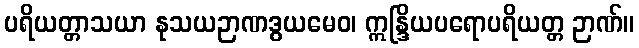
ပရိယတ္တာသယာ နုသယဉာဏဒွယမေဝ၊ ဣန္ဒြိယပရောပရိယတ္တ ဉာဏ်။